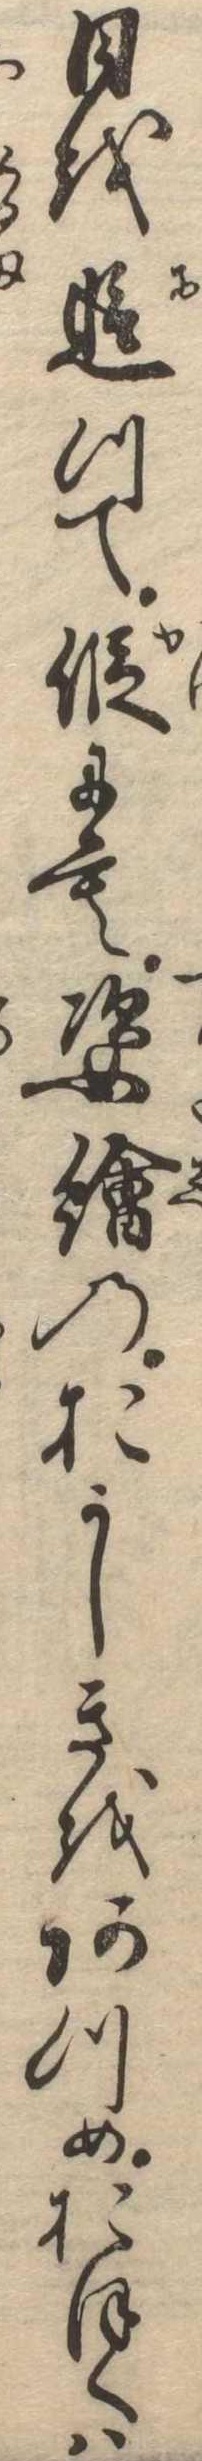
日を追つて仮にも姿絵のおかしきをあつめおほくは